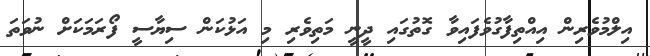
އިލްމުވެރިން އިއްތިފާގުވެފައިވާ ގޮތުގައި ދީނީ މަތިވެރި މި އަޅުކަން ސިޔާސީ ފޯރަމަކަށް ނުވަތަ